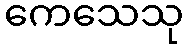
ကေသေသု